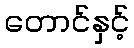
တောင်နှင့်